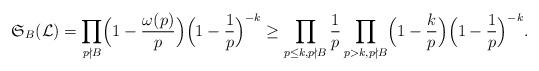
LaTeX: \begin{align*}\mathfrak{S}_B(\mathcal{L})=\prod_{p\nmid B}\Bigl(1-\frac{\omega(p)}{p}\Bigr)\Bigl(1-\frac{1}{p}\Bigr)^{-k}\ge \prod_{p\le k, p\nmid B}\frac{1}{p}\prod_{p> k,p\nmid B}\Bigl(1-\frac{k}{p}\Bigr)\Bigl(1-\frac{1}{p}\Bigr)^{-k}.\end{align*}